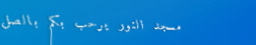
مسجد النور يرحب بكم بالصل